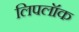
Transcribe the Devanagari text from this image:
लिपलॉक